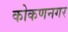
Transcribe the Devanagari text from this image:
कोकणनगर